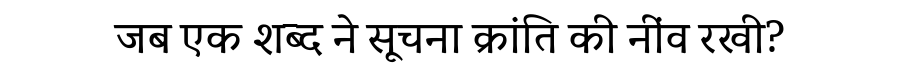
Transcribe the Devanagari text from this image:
जब एक शब्द ने सूचना क्रांति की नींव रखी?